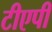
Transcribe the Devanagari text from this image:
टीएपी